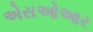
એસઓઆર